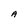
Character: A